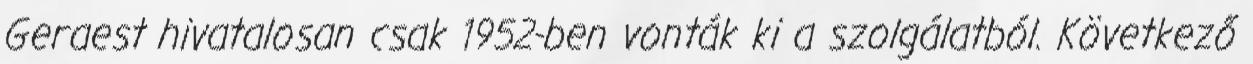
Geraest hivatalosan csak 1952-ben vonták ki a szolgálatból. Következő